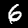
Digit: 6